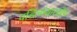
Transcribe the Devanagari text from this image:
वडिलांसारखेच